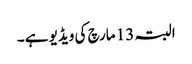
البتہ 13 مارچ کی ویڈیو ہے ۔